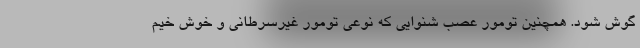
گوش شود. همچنین تومور عصب شنوایی که نوعی تومور غیرسرطانی و خوش خیم